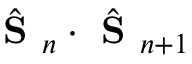
\hat { \textbf { S } } _ { n } \cdot \hat { \textbf { S } } _ { n + 1 }